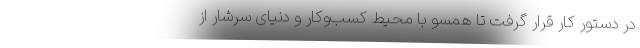
در دستور کار قرار گرفت تا همسو با محیط کسب‌وکار و دنیای سرشار از